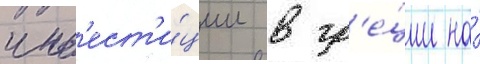
инв'ест'и́ции в гр'е́ции на́